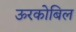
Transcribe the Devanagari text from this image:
ऊरकोबिल